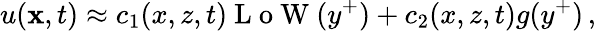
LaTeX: u({\mathbf x},t)\approx c_{1}(x,z,t)\mathrm{~L~o~W~}(y^{+})+c_{2}(x,z,t)g(y^{+})\, ,